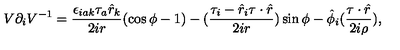
V \partial _ { i } V ^ { - 1 } = \frac { \epsilon _ { i a k } \tau _ { a } \hat { r } _ { k } } { 2 i r } ( \cos \phi - 1 ) - ( \frac { \tau _ { i } - \hat { r } _ { i } \tau \cdot \hat { r } } { 2 i r } ) \sin \phi - \hat { \phi } _ { i } ( \frac { \tau \cdot \hat { r } } { 2 i \rho } ) ,